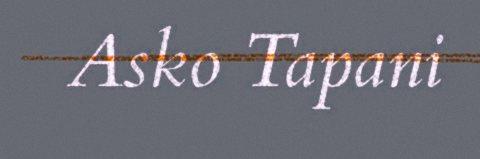
Asko Tapani